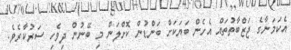
އެކަމަނާގެ ޖަޒްބާތުތައް އެހެން ބަޔަކަށް ބަންޑުން ކޮށްލަން މި ބޭނުން ދިވެހި ސަރުކާރެވެ.